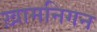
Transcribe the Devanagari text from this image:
ख़ामनिगन